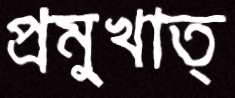
প্রমুখাত্